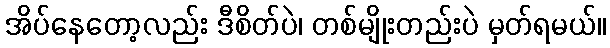
အိပ်နေတော့လည်း ဒီစိတ်ပဲ၊ တစ်မျိုးတည်းပဲ မှတ်ရမယ်။